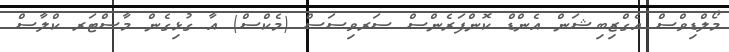
މޯލްޑިވްސް އެގްޒިބިޝަން އެންޑް ކޮންފަރެންސް ސަރވިސަސް (މެކްސް) އާ ގުޅިގެން މާސްޓަރ ކްލާސް